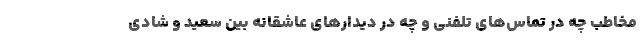
مخاطب چه در تماس‌های تلفنی و چه در دیدارهای عاشقانه بین سعید و شادی